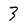
Character: 3